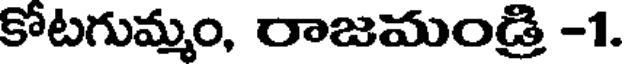
కోటగుమ్మం, రాజమండ్రి -1.